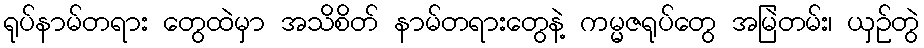
ရုပ်နာမ်တရား တွေထဲမှာ အသိစိတ် နာမ်တရားတွေနဲ့ ကမ္မဇရုပ်တွေ အမြဲတမ်း၊ ယှဉ်တွဲ